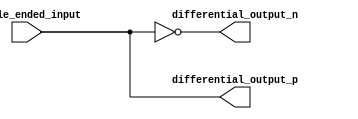
module diff_buffer (
    input wire single_ended_input,
    output wire differential_output_p,
    output wire differential_output_n
);

assign differential_output_p = single_ended_input;
assign differential_output_n = ~single_ended_input;

endmodule